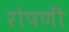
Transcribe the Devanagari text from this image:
रोपणी